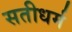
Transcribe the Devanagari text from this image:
सतीधर्म